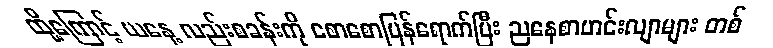
ထို့ကြောင့် ယနေ့ လည်းစခန်းကို စောစောပြန်ရောက်ပြီး ညနေစာဟင်းလျာများ တစ်